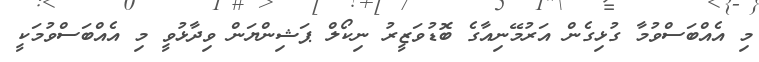
މި އެއްބަސްވުމާ ގުޅިގެން އަރުމޭނިއާގެ ބޮޑުވަޒީރު ނިކޯލް ޕަޝިންޔަން ވިދާޅުވީ މި އެއްބަސްވުމަކީ